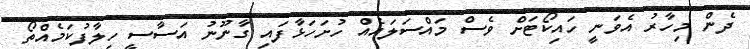
ދެން މިހާރު އެވަނީ ހައިކޯޓަށް ވެސް މައްސަލައެއް ހުށަހަޅާފައި ގާނޫނު އަސާސީ ހިލާފުކަމެއްތޯ